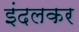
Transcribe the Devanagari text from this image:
इंदलकर